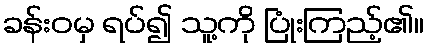
ခန်းဝမှ ရပ်၍ သူ့ကို ပြုံးကြည့်၏။